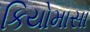
કિયોમાસા